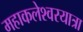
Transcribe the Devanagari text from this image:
महाकलेश्वरयात्रा